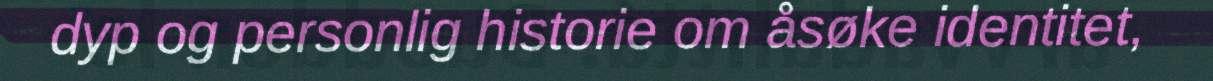
dyp og personlig historie om åsøke identitet,